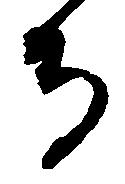
寺